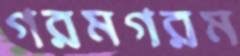
গরমগরম